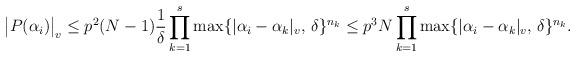
LaTeX: \begin{align*} \big|P(\alpha_i)\big|_v \le p^2(N-1) \frac{1}{\delta} \prod_{k=1}^s \max\{|\alpha_i-\alpha_k|_v,\,\delta\}^{n_k} \le p^3 N \prod_{k=1}^s \max\{|\alpha_i-\alpha_k|_v,\,\delta\}^{n_k}.\end{align*}